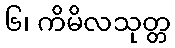
၆၊ ကိမိလသုတ္တ